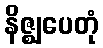
နိဇ္ဈပေတုံ